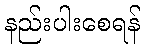
နည်းပါးစေရန်